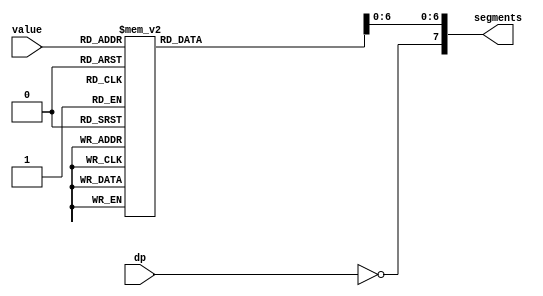
module seven_segment_decoder(value, dp, segments);
	input [3:0] value;
	input dp;
	output reg [7:0] segments;
	always @(value, dp) begin
		case (value)
			4'h1 : segments = 7'b1001111;
			4'h2 : segments = 7'b0010010;
			4'h3 : segments = 7'b0000110;
			4'h4 : segments = 7'b1001100;
			4'h5 : segments = 7'b0100100;
			4'h6 : segments = 7'b0100000;
			4'h7 : segments = 7'b0001111;
			4'h8 : segments = 7'b0000000;
			4'h9 : segments = 7'b0000100;
			4'hA : segments = 7'b0001000; 
			4'hB : segments = 7'b1100000; 
			4'hC : segments = 7'b0110001; 
			4'hD : segments = 7'b1000010; 
			4'hE : segments = 7'b0110000; 
			4'hF : segments = 7'b0111000; 
			4'h0 : segments = 7'b0000001;
			default : segments = 7'b1111111;
		endcase
		segments[7] = ~dp;
	end
endmodule